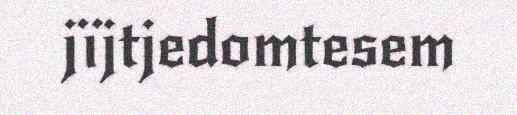
jïjtjedomtesem